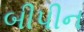
બીપીન